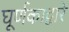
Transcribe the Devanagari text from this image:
घूर्णकाद्वारे